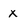
Character: x